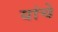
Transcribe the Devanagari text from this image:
यांचेेेे